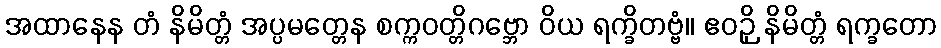
အထာနေန တံ နိမိတ္တံ အပ္ပမတ္တေန စက္ကဝတ္တိဂဗ္ဘော ဝိယ ရက္ခိတဗ္ဗံ။ ဧဝဉှိ နိမိတ္တံ ရက္ခတော